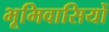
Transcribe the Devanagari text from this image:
भूमिवासियों